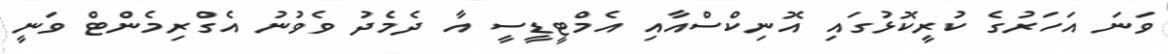
ވަނަ އަހަރުގެ ކުރީކޮޅުގައި އޮނިކްސްއާއި އެމްޓީޑީސީ އާ ދެމެދު ވެވުނު އެގްރިމެންޓް ވަނީ